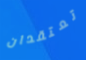
تعتقدان